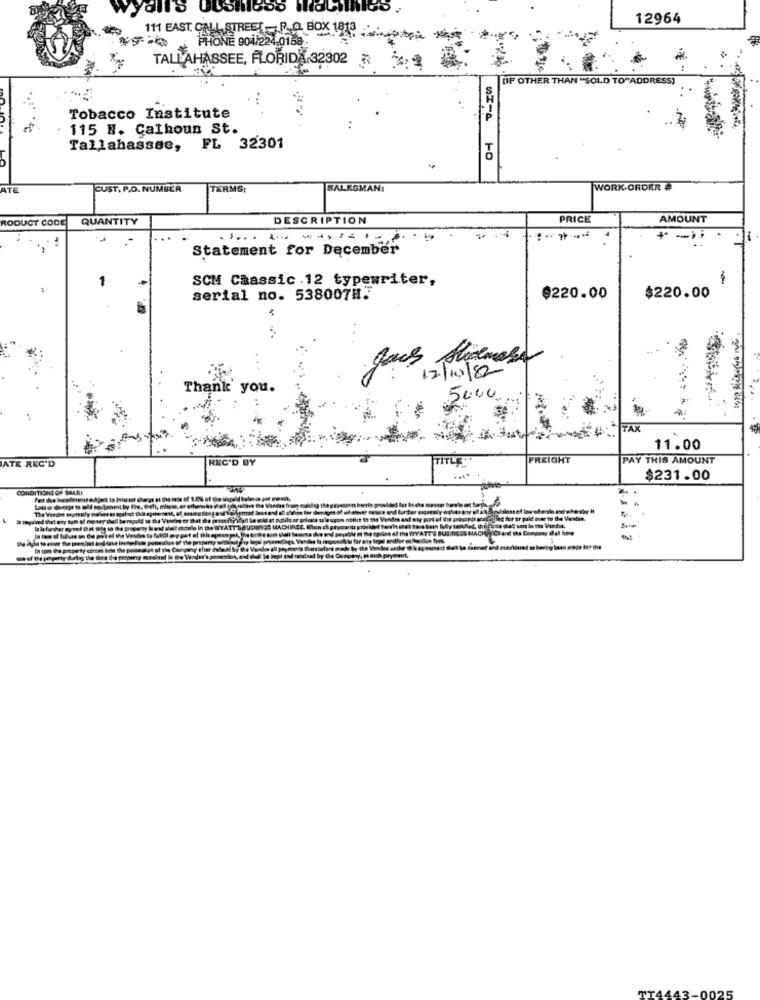
vyall's ousness Machines .
12964
111 EAST. CALL STREET - P.O. BOX 1818
PHONE 904/224.0158
TALLAHASSEE, FLORIDA.32302 * * ~
OF OTHER THAN "SOLD TO"ADDRESS)
Tobacco Institute
115 B. Calhoun St.
Tallahassee, FL 32301
10
-
ATE
CUST, P.O. NUMBER
TERMS
SALESMAN:
WORK ORDER #
RODUCT CODE
QUANTITY
DESCRIPTION
PRICE
AMOUNT
- ----- ---
+
-
Statement for December
SCM Caassic .12 typewriter,
serial no. 538007H.
$220.00
$220.00
12/10/2
Thank you.
50.00.
TAX
11.00
REC'D BY
TITLE
FREIGHT
PAY THIS AMOUNT
ATE REC'D
$231.00
CONDITIONS OF SALEE
MADIE
TO BUSINESS MACH
and i Do Verder's ponen
TT4443-
0025